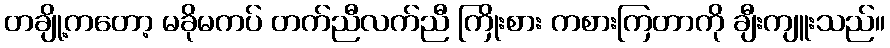
တချို့ကတော့ မခိုမကပ် တက်ညီလက်ညီ ကြိုးစား ကစားကြတာကို ချီးကျူးသည်။